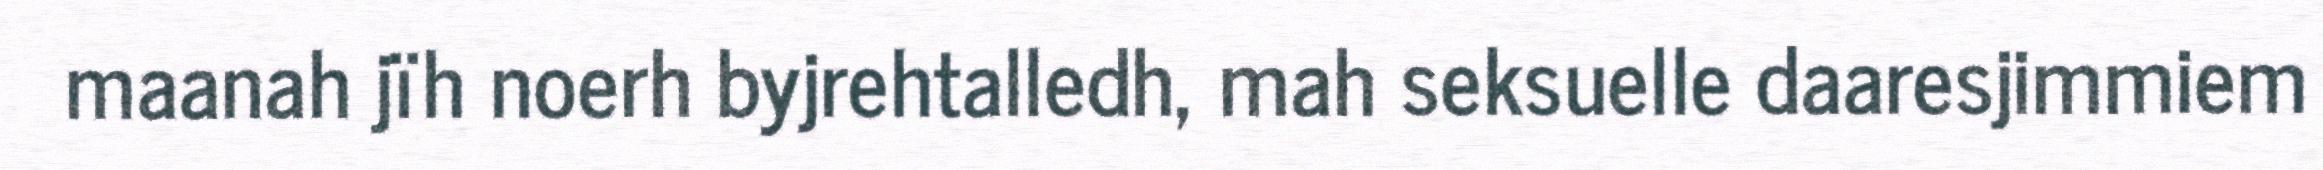
maanah jïh noerh byjrehtalledh, mah seksuelle daaresjimmiem